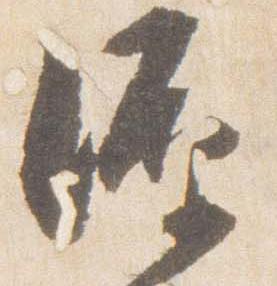
源